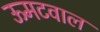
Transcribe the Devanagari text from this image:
ऊमटवाल